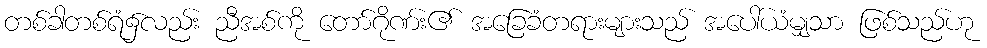
တစ်ခါတစ်ရံ၌လည်း ညီအစ်ကို တော်ဂိုဏ်း၏ အခြေခံတရားများသည် အပေါ်ယံမျှသာ ဖြစ်သည်ဟု